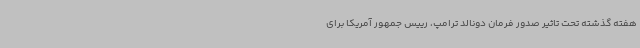
هفته گذشته تحت تاثیر صدور فرمان دونالد ترامپ، رییس جمهور آمریکا برای